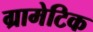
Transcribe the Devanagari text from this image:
ग्रामेटिक